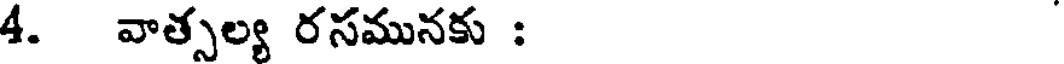
4. వాత్సల్య రసమునకు :